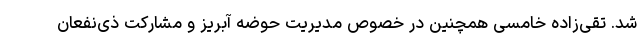
شد. تقی‌زاده خامسی همچنین در خصوص مدیریت حوضه آبریز و مشارکت ذی‌نفعان